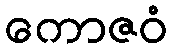
ကောဇဝံ